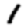
Digit: 1